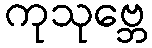
ကုသုဗ္ဘေ